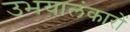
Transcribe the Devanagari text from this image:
उभयालंकारों